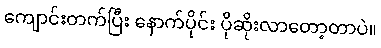
ကျောင်းတက်ပြီး နောက်ပိုင်း ပိုဆိုးလာတော့တာပဲ။